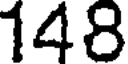
148